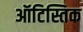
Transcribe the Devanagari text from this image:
ऑटिस्तिक